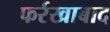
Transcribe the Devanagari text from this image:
फर्रखाबाद